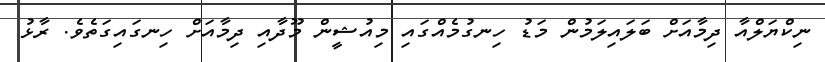
ނިކްޔަލްއާާ ދިމާއަށް ބަލައިލަމުން މަޑު ހިނގުމެއްގައި މިއުޝީން މޫދާއި ދިމާއަަށް ހިނގައިގަތެވެ. ރާޅު